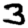
Digit: 3